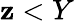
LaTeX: \mathbf{z}<Y